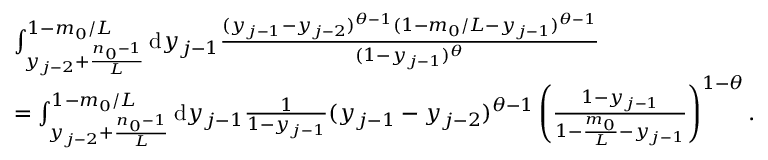
\begin{array} { r l } & { \int _ { y _ { j - 2 } + \frac { n _ { 0 } - 1 } { L } } ^ { 1 - m _ { 0 } / L } \mathrm { d } y _ { j - 1 } \frac { ( y _ { j - 1 } - y _ { j - 2 } ) ^ { \theta - 1 } ( 1 - m _ { 0 } / L - y _ { j - 1 } ) ^ { \theta - 1 } } { ( 1 - y _ { j - 1 } ) ^ { \theta } } } \\ & { = \int _ { y _ { j - 2 } + \frac { n _ { 0 } - 1 } { L } } ^ { 1 - m _ { 0 } / L } \mathrm { d } y _ { j - 1 } \frac { 1 } { 1 - y _ { j - 1 } } ( y _ { j - 1 } - y _ { j - 2 } ) ^ { \theta - 1 } \left( \frac { 1 - y _ { j - 1 } } { 1 - \frac { m _ { 0 } } { L } - y _ { j - 1 } } \right) ^ { 1 - \theta } . } \end{array}